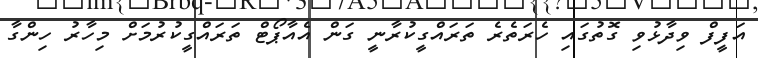
އަފީފް ވިދާޅުވި ގޮތުގައި ހެރަތެރެ ތަރައްގީކުރާނީ ގަން އެއާޕޯޓް ތަރައްގީކުރުމަށް މިހާރު ހިންގާ